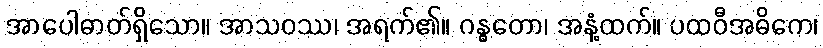
အာပေါဓာတ်ရှိသော။ အာသဝဿ၊ အရက်၏။ ဂန္ဓတော၊ အနံ့ထက်။ ပထဝီအဓိကေ၊